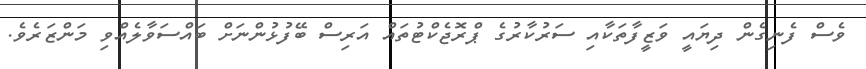
ވެސް ފެނިގެން ދިޔައީ ވަޒީފާތަކާއި ސަރުކާރުގެ ޕްރޮޖެކްޓުތައް އަރިސް ބޭފުޅުންނަށް ބައްސަވާލެއްވި މަންޒަރެވެ.